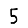
Digit: 5